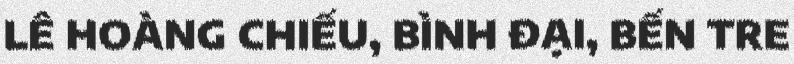
LÊ HOÀNG CHIẾU, BÌNH ĐẠI, BẾN TRE